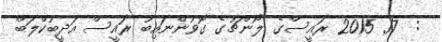
:  17